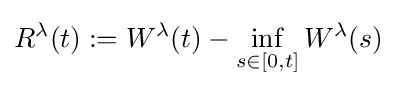
R^{\lambda }(t):=W^{\lambda }(t)-\inf \limits _{s\in [0,t]}W^{\lambda }(s)